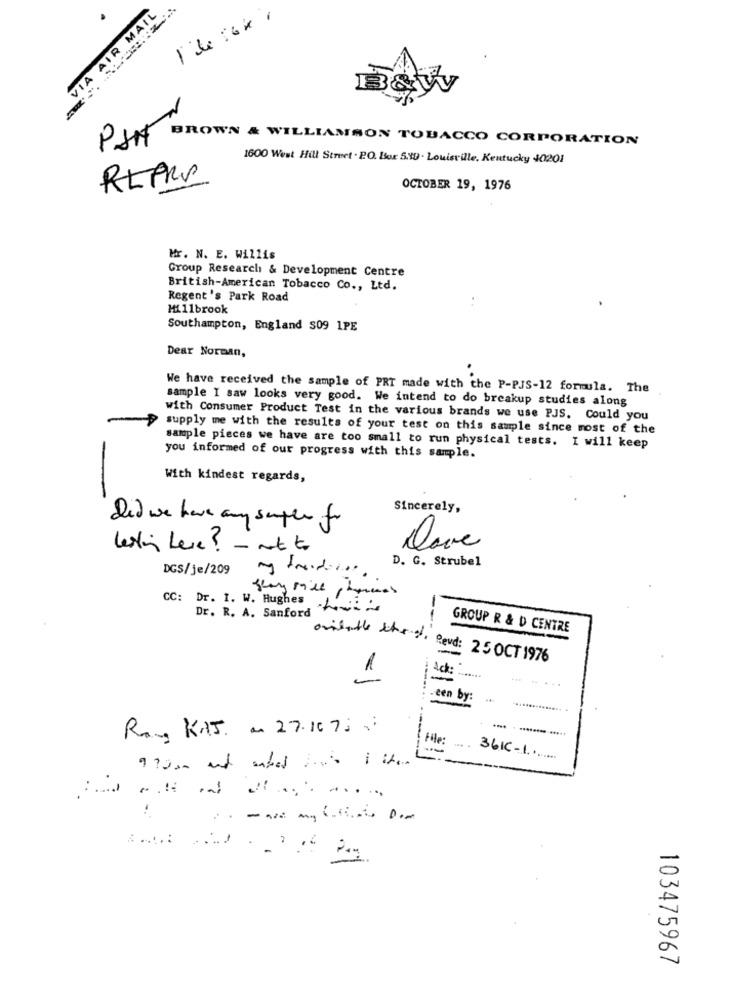
VIA AIR MAIL
B&W
PAN
BROWN & WILLIAMSON TOBACCO CORPORATION
1600 West Hill Street . PO. Box 5.19 . Louisville, Kentucky 40201
OCTOBER 19, 1976
Mr. N. E. Willis
Group Research & Development Centre
British-American Tobacco Co ., Ltd.
Regent's Park Road
Hi11brook
Southampton, England $09 1PE
Dear Norman,
We have received the sample of PRT made with the P-PJS-12 formula. The
sample I saw looks very good. We intend to do breakup studies along
with Consumer Product Test in the various brands we use PJS. Could you
supply me with the results of your test on this sample since most of the
sample pieces we have are too small to run physical tests. I will keep
you informed of our progress with this sample.
With kindest regards,
Sincerely,
Did we have any super for
lesti Leve ? - et to
Dove
D. G. Strubel
DGS/je/209
CC: Dr. 1. W. Hughes .L
Dr. R. A. Sanford hovi
--
GROUP R & D CENTRE
==
ovidathe Shed, Sevd: 25 OCT 1976
1
Ack:
=
... .. .
.---...
een by:
Rom, KAJ. a 27.1675
. ........ ......
File:
-----
36IC-1 ......
103475967